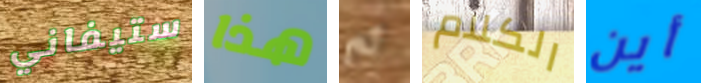
ستيفاني هذا ثم الكلام أين